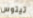
تيتوس